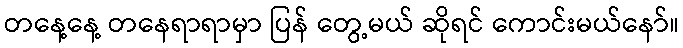
တနေ့နေ့ တနေရာရာမှာ ပြန် တွေ့မယ် ဆိုရင် ကောင်းမယ်နော်။